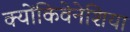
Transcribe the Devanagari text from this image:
क्योंकिवेनेशिया